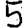
Digit: 5